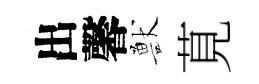
出馨獸莧